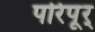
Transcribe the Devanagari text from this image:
परिपूर्